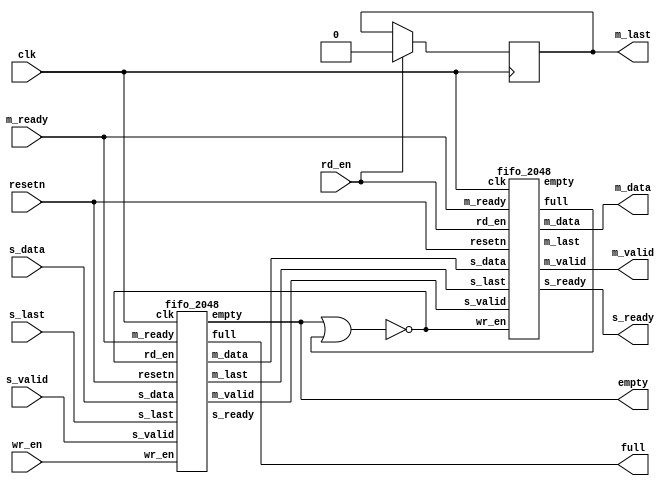
`timescale 1ns / 1ps
//////////////////////////////////////////////////////////////////////////////////
// Company: 
// Engineer: 
// 
// Design Name: 
// Module Name: fifo_4096
// Project Name: 
// Target Devices: 
// Tool Versions: 
// Description: 
// 
// Dependencies: 
// 
// Revision:
// Revision 0.01 - File Created
// Additional Comments:
// 
//////////////////////////////////////////////////////////////////////////////////


module fifo_4096(
input clk,
input resetn,
input rd_en,
input wr_en,
input [7:0]s_data,
input s_valid,
input s_last,
output  s_ready,
output  empty,
output  full,
output  [7:0]m_data,
output  m_valid,
output  reg m_last,
input m_ready
    );
   // reg [12:0]mem1[2048:0];
    //reg [12:0]mem2[2048:0];
    wire empty1,empty2,full1,full2,t_valid,t1_last,s1_ready,mlast;
    //wire [11:0]m1,k1,n2;
    wire [7:0]temp;integer i;
    fifo_2048 f1(clk,resetn,~(empty1 | full2),wr_en,s_data,s_valid,s_last,s1_ready,empty1,full1,temp,t_valid,t1_last,m_ready);
    fifo_2048 f2(clk,resetn,rd_en,~(empty1 | full2),temp,t_valid,t1_last,s_ready,empty2,full2,m_data,m_valid,mlast,m_ready);
    assign empty=empty1;
    assign full=full1;
    //assign m_last=(k==5);
    //assign m_last=t1_last;
    initial begin
    m_last=0;
    end
    always@(posedge clk)
    begin
    if(rd_en)
    begin
    for(i=1;i<=4096;i=i+1)
    begin
   //m_last=0;
    #20;
    if(i%10==0) begin
    
    m_last=1; end
    else 
    m_last=0;
   if(i==0)
    m_last=0;
    
    end 
    end
    end
    
endmodule


  
`timescale 1ns / 1ps
//////////////////////////////////////////////////////////////////////////////////
// Company: 
// Engineer: 
// 
// Design Name: 
// Module Name: slave
// Project Name: 
// Target Devices: 
// Tool Versions: 
// Description: 
// 
// Dependencies: 
// 
// Revision:
// Revision 0.01 - File Created
// Additional Comments:
// 
//////////////////////////////////////////////////////////////////////////////////


module fifo_2048#(parameter data_width=8,
                  parameter depth =2048,
                  parameter Ptr_width=$clog2(depth)
                 ) 
//module fifo_2048
(
input clk,
input resetn,
input rd_en,
input wr_en,
//input [7:0]s_data,
input [data_width-1:0]s_data,
input s_valid,
input s_last,
output reg s_ready,
output  empty,
output  full,
output reg [data_width-1:0]m_data,
//output reg [7:0]m_data,
output reg m_valid,
output reg m_last,
input m_ready//input [11:0]k
    );
   // parameter depth=8;
   // parameter data_width=12;
    reg  [data_width-1:0]mem[0:depth-1];
   
    integer i;
    reg [11:0]n=0;reg [11:0]m=0;
    reg [11:0]k=0;
    //reg [2:0]rd_ptr,wr_ptr;
    reg [Ptr_width:0]rd_ptr,wr_ptr;
    reg [11:0]count=0;
    
   /* always@(posedge clk)
    begin
    if(~resetn)
    begin
    wr_ptr = 12'b0;
    rd_ptr =12'b0;
    count = 13'b0;
    end
    end*/
    always@(posedge clk)
        begin
        if(~resetn)
        begin
         wr_ptr = 12'b0;
        // count = 13'b0;
        end
     else if(s_valid && s_ready && wr_en && ~full)
         begin
         mem[wr_ptr ] <=s_data;
         wr_ptr <=wr_ptr  + 1;
         
  
    end 
    end
     always@(posedge clk)
        begin
        if(~resetn)
                begin
                rd_ptr = 12'b0;
                
                end
      if(rd_en & ~empty & m_ready)
     begin
     m_data= mem[rd_ptr];
     m_valid=1;
     rd_ptr = rd_ptr  + 1;
   
    
     end
     else
     begin
     m_valid=0;
     m_data=0;
     end
    end
       always@(posedge clk)
           begin
           s_ready<=m_ready;
           end 
           always@(posedge clk)
           begin 
           if(s_valid && s_ready && wr_en && ~full)
            m=m+1;
           if(s_last)
           n=m;
           if(rd_en & ~empty & m_ready)
            k=k+1;
            if(k==n && m_valid)
            m_last=1;
            else
            m_last=0;
            
            
            end
           always@(posedge clk)
              begin
                if(~resetn)
                   begin
                     count = 13'b0;
                    end  
                    else if(s_valid && s_ready && wr_en && ~full)
                    count = count + 1;
                     else if(rd_en & ~empty & m_ready)
                    count = count - 1;
                    end
                          
         assign empty=(count==0);
        
         assign full=(count==depth-1);
         
endmodule